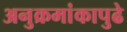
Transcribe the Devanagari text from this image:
अनुक्रमांकापुढे